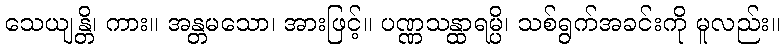
သေယျန္တိ၊ ကား။ အန္တမသော၊ အားဖြင့်။ ပဏ္ဏသန္ထာရမ္ပိ၊ သစ်ရွက်အခင်းကို မူလည်း။